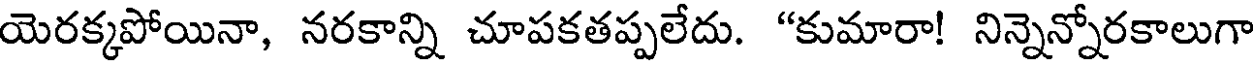
యెరక్కపోయినా, నరకాన్ని చూపకతప్పలేదు. "కుమారా! నిన్నెన్నోరకాలుగా